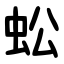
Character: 蚣